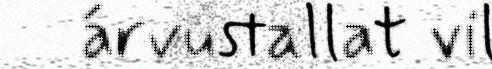
árvustallat vil